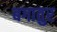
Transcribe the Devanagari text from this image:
बगातुर